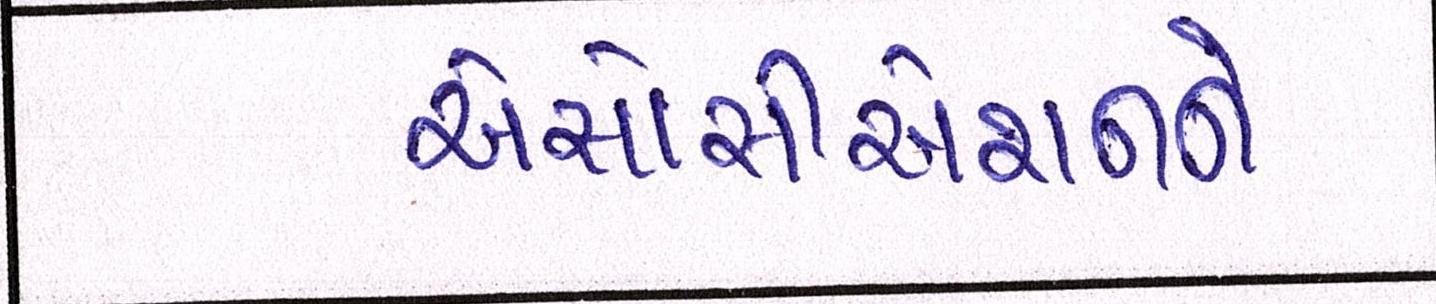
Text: એસોસીએશનને